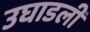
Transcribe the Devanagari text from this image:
उघाडली